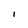
Character: I